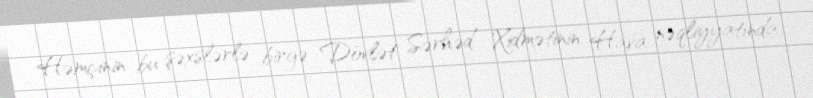
Həmçinin bu şəxslərlə birgə Dövlət Sərhəd Xidmətinin Hava nəqliyyatında